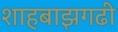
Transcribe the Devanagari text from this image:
शाहबाझगढी